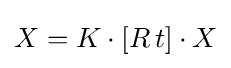
X=K\cdot [R\,t]\cdot X